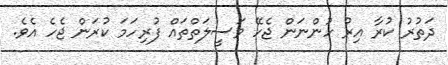
ދަތުރު ކުރާ އިރު ހުންނަން ޖެހޭ ވަސީލަތްތައް ފުރިހަމަ ކުރަން ޖެހެ އެވެ.